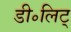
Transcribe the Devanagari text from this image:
डी॰लिट्